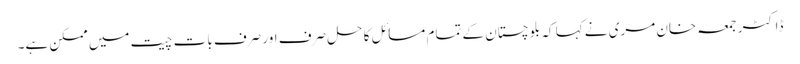
ڈاکٹر جمعہ خان مری نے کہا کہ بلوچستان کے تمام مسائل کا حل صرف اور صرف بات چیت میں ممکن ہے۔